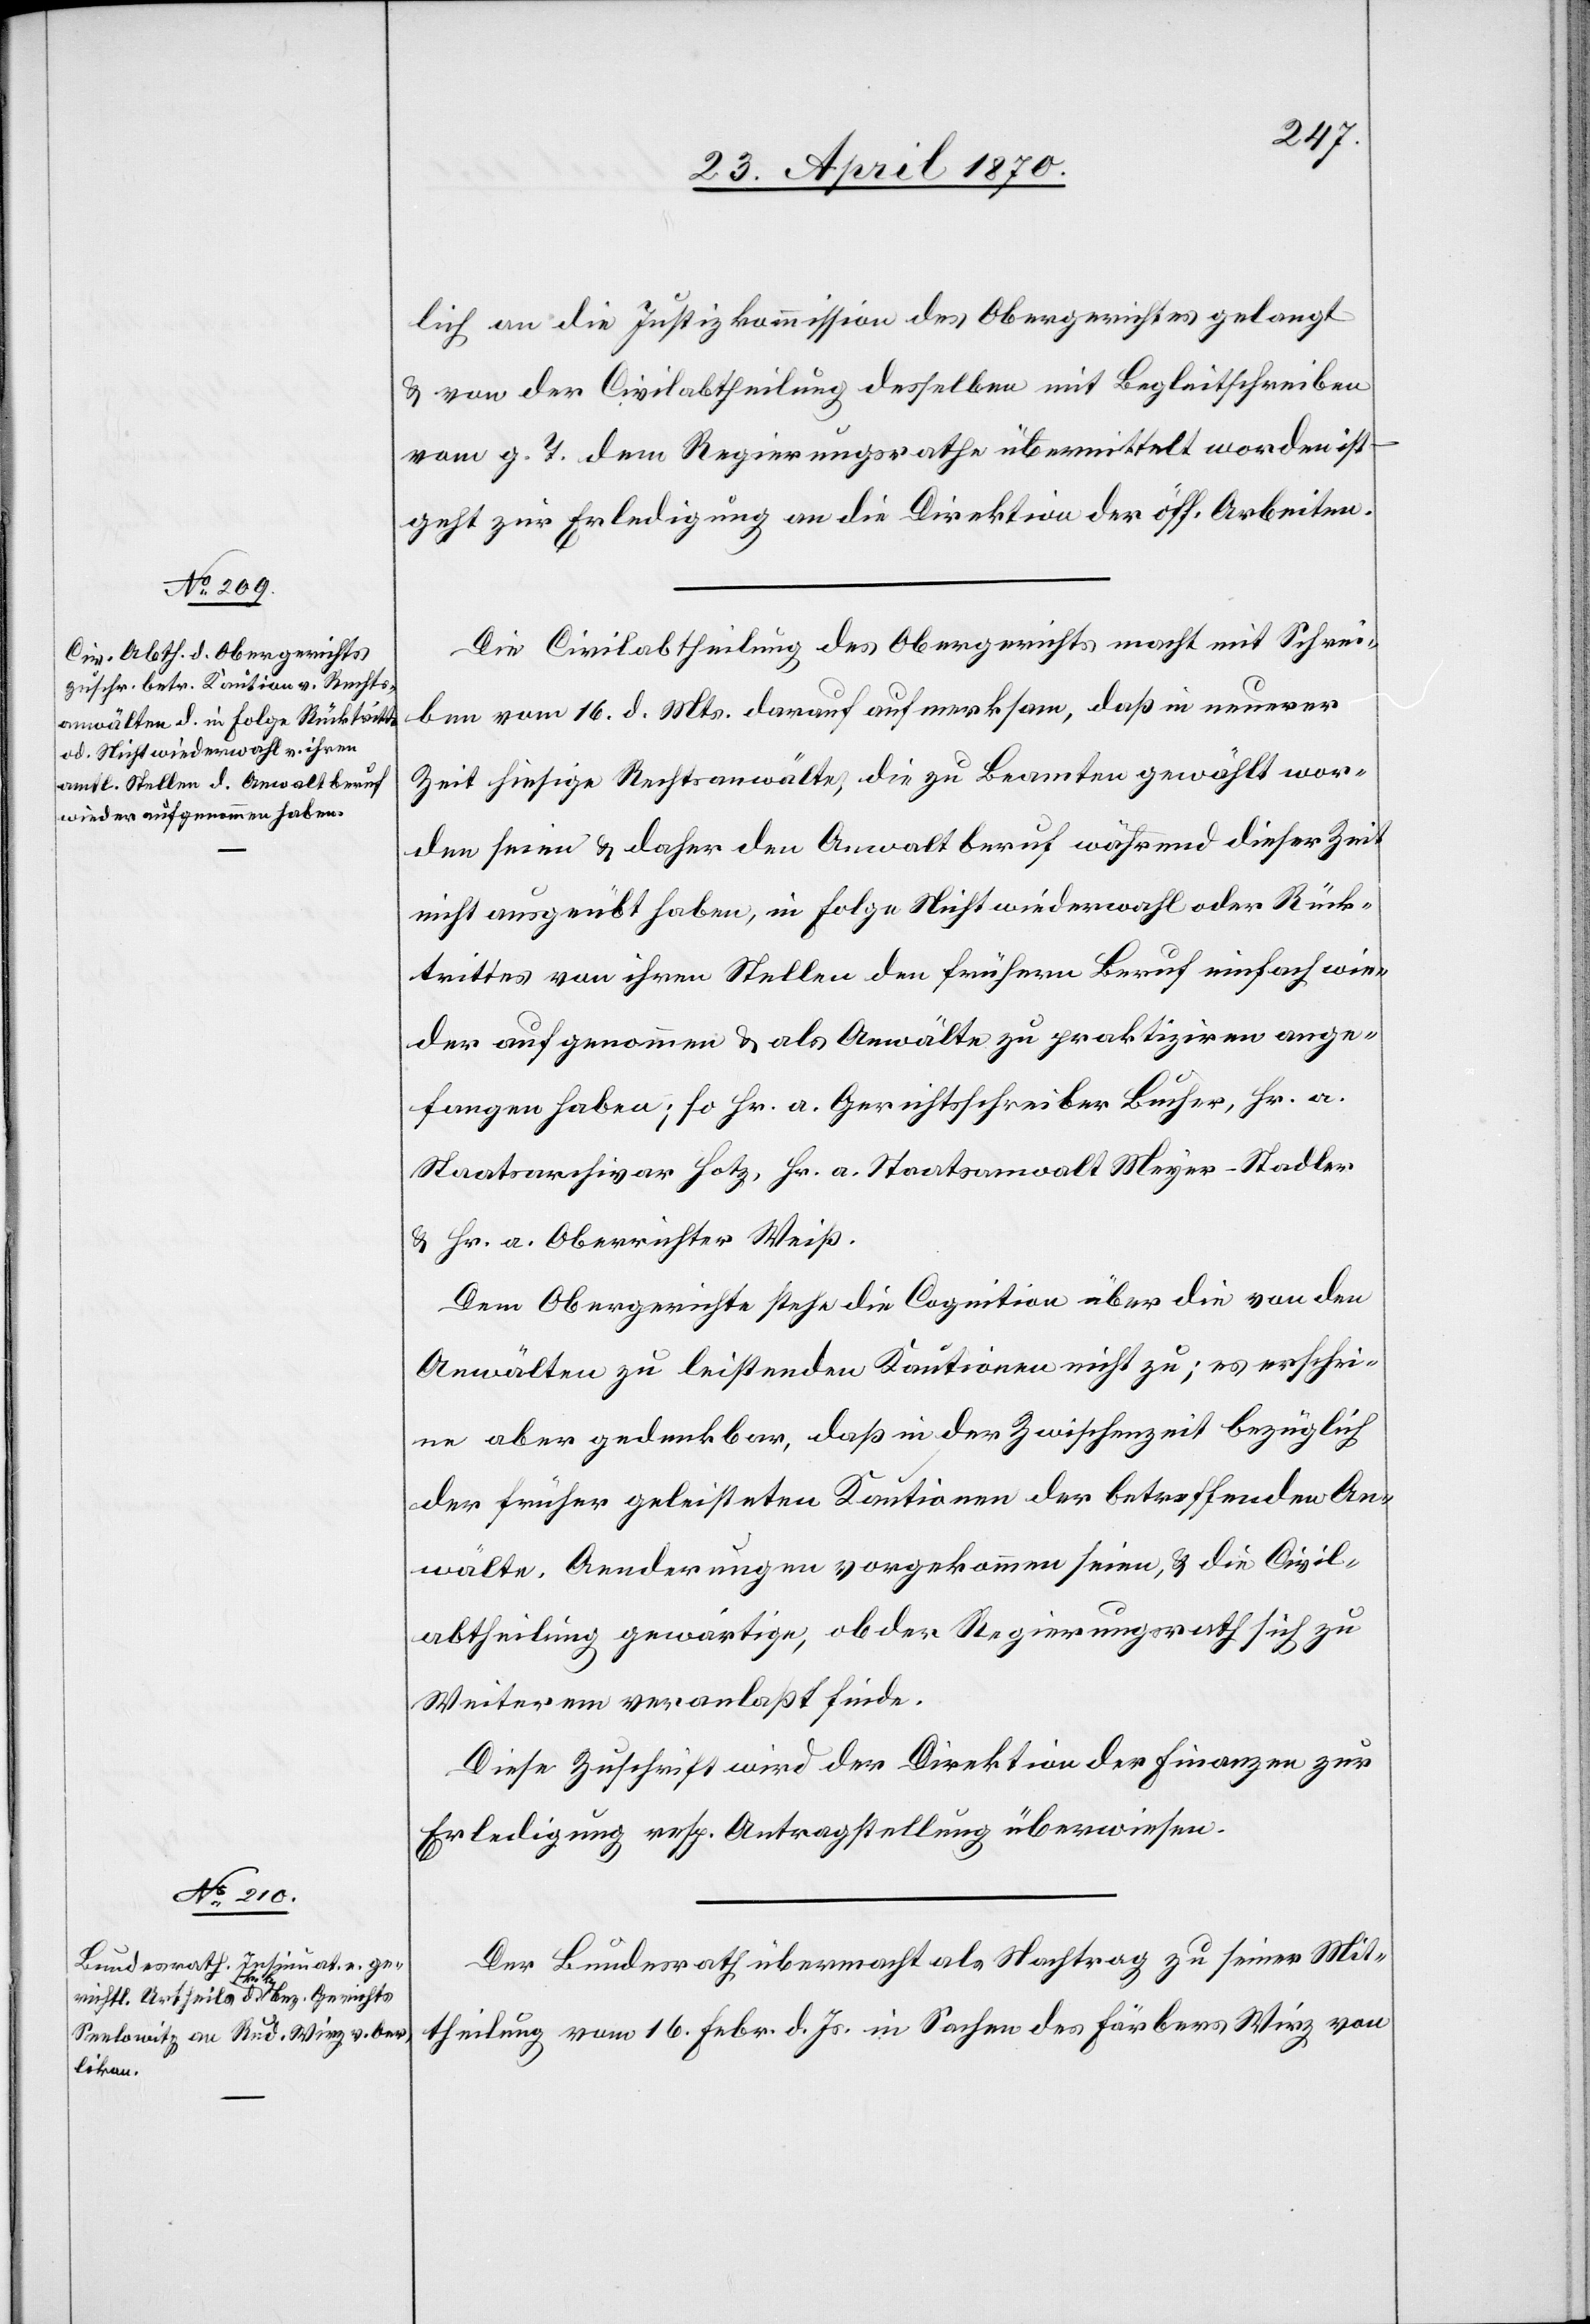
27. April 1870.]
lich an die Justizkommission des Obergerichtes gelangt
& von der Civilabtheilung desselben mit Begleitschreiben
vom g. T. dem Regierungsrathe übermittelt worden ist
geht zur Erledigung an die Direktion der öff. Arbeiten.
Die Civilabtheilung des Obergerichts macht mit Schrei¬
ben vom 16. d. Mts. darauf aufmerksam, daß in neuerer
Zeit hiesige Rechtsanwälte, die zu Beamten gewählt wor¬
den seien & daher den Anwaltberuf während dieser Zeit
nicht ausgeübt haben, in Folge Nichtwiederwahl oder Rück¬
trittes von ihren Stellen den frühern Beruf einfach wie¬
der aufgenommen & als Anwälte zu praktiziren ange¬
fangen haben; so Hr. a. Gerichtsschreiber Bucher, Hr. a.
Staatsarchivar Hotz, Hr. a. Staatsanwalt Meyer-Stadler
& Hr. a. Oberrichter Weiß.
Dem Obergerichte stehe die Cognition über die von den
Anwälten zu leistenden Kautionen nicht zu, es erschei¬
ne aber gedenkbar, daß in der Zwischenzeit bezüglich
der früher geleisteten Kautionen der betreffenden An¬
wälte, Aenderungen vorgekommen seien, & die Cvil¬
abtheilung gewärtige, ob der Regierungsrath sich zu
Weiterem veranlaßt finde.
Diese Zuschrift wird der Direktion der Finanzen zur
Erledigung resp. Antragstellung überwiesen.
Der Bundesrath übermacht als Nachtrag zu seiner Mit¬
theilung vom 16. Febr. d. Js. in Sachen des Färbers Wirz von